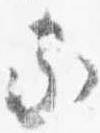
家